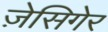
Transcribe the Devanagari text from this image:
ज़ेसिगेर